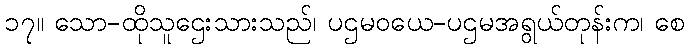
၁၇။ သော-ထိုသူဌေးသားသည်၊ ပဌမဝယေ-ပဌမအရွယ်တုန်းက၊ စေ